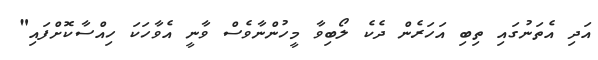
އަދި އެތަނުގައި ތިބި އަހަރެން ދެކެ ލޯބިވާ މީހުންނާވެސް ވާނީ އެވާހަކަ ހިއްސާކޮށްފައި"